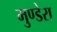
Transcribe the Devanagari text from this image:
मुण्डेरा